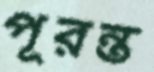
পূরন্ত